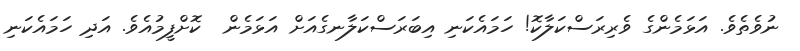
ނުވެތެވެ. އަޅަމެންގެ ވެރިރަސްކަލާކޮ! ހަމައެކަނި އިބަރަސްކަލާނގެއަށް އަޅަމެން  ކޮށްފީމުއެވެ. އަދި ހަމައެކަނި